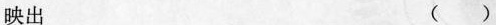
映出 ( )